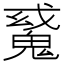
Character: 𩳠